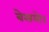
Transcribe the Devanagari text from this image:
बेसले।